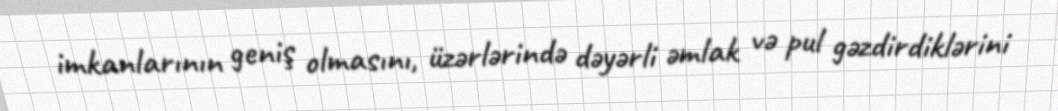
imkanlarının geniş olmasını, üzərlərində dəyərli əmlak və pul gəzdirdiklərini